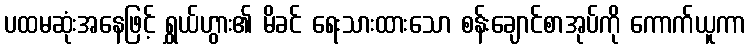
ပထမဆုံးအနေဖြင့် ရွှယ်ဟွား၏ မိခင် ရေးသားထားသော စန်းချောင်စာအုပ်ကို ကောက်ယူကာ